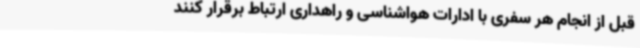
قبل از انجام هر سفری با ادارات هواشناسی و راهداری ارتباط برقرار کنند